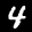
Label: 4